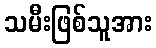
သမီးဖြစ်သူအား